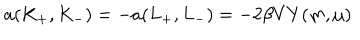
a ( K _ { + } , K _ { - } ) = - a ( L _ { + } , L _ { - } ) = - 2 \beta V Y ( m , \mu )